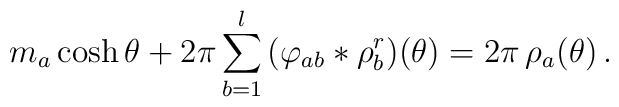
m_a \cosh \theta +  2\pi  \sum_{b=1}^l \,  \bigl( \varphi_{ab} * \rho^r_b \bigr) (\theta) = 2\pi \, \rho_a (\theta ) \,.